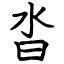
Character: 沓